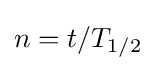
n=t/T_{1/2}\,\!